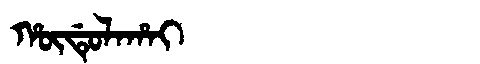
Manchu: ᡥᡡᡩᡠᠯᠠᡥᠠᡳ
Romanization: HŪDULAHAI